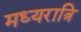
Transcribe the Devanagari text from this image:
मध्‍यरात्रि